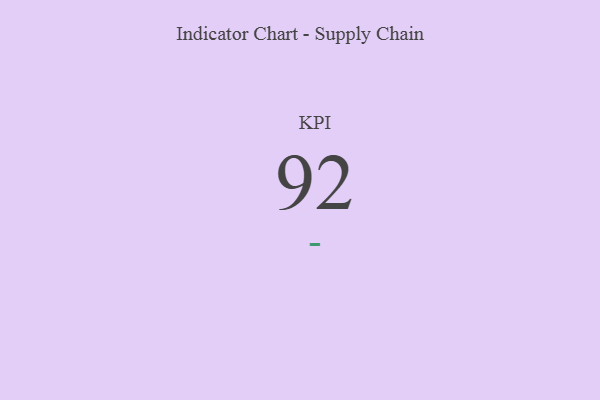
{"axis": {"x": "KPI", "y": "Value"}, "legend": [""], "data": [{"x": "KPI", "y": 92, "type": ""}]}